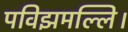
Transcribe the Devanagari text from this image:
पविझमल्लि।